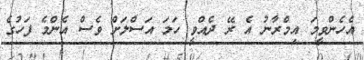
އެހެންވީމަ އިމްރާނު އެ ރޭ ދެއްވީ ހަމަ އަސްލަށް ވެސް އެންމެ ފަހުގެ